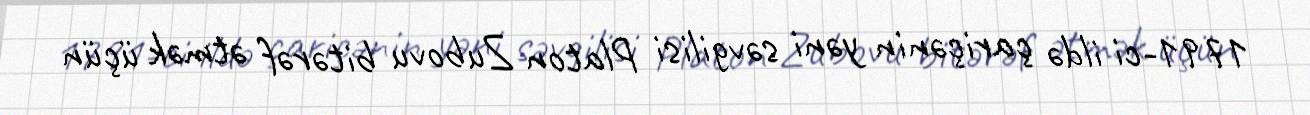
1791-ci ildə çariçənin yəni səvgilisi Platon Zubovu bitərəf ətmək üçün